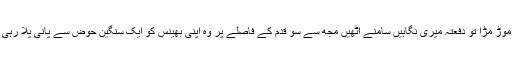
جب موڑ مڑا تو دفعتہً میری نگاہیں سامنے اُٹھیں مجھ سے سو قدم کے فاصلے پر وہ اپنی بھینس کو ایک سنگین حوض سے پانی پلا رہی تھی۔